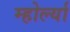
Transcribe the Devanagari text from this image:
म्होर्ल्या